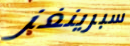
سبرينغز